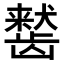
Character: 𬺒